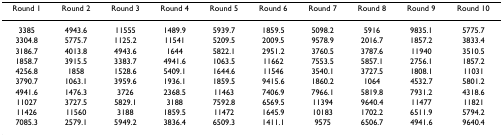
| Round 1 | Round 2 | Round 3 | Round 4 | Round 5 | Round 6 | Round 7 | Round 8 | Round 9 | Round 10 |
 | --- | --- | --- | --- | --- | --- | --- | --- | --- | --- |
 | 3385 | 4943.6 | 11555 | 1489.9 | 5939.7 | 1859.5 | 5098.2 | 5916 | 9835.1 | 5775.7 |
 | 3304.8 | 5775.7 | 1125.2 | 11541 | 5209.5 | 2009.5 | 9578.9 | 2016.7 | 1857.2 | 3833.4 |
 | 3186.7 | 4013.8 | 4943.6 | 1644 | 5822.1 | 2951.2 | 3760.5 | 3787.6 | 11940 | 3510.5 |
 | 1858.7 | 3915.5 | 3383.7 | 4941.6 | 1063.5 | 11662 | 7553.5 | 5857.1 | 2756.1 | 1857.2 |
 | 4256.8 | 1858 | 1528.6 | 5409.1 | 1644.6 | 11546 | 3540.1 | 3727.5 | 1808.1 | 11031 |
 | 3790.7 | 1063.1 | 3959.6 | 1936.1 | 1859.5 | 9415.6 | 1860.2 | 1064 | 4532.7 | 5801.2 |
 | 4941.6 | 1476.3 | 3726 | 2368.5 | 11463 | 7406.9 | 7966.1 | 5819.8 | 7931.2 | 4318.6 |
 | 11027 | 3727.5 | 5829.1 | 3188 | 7592.8 | 6569.5 | 11394 | 9640.4 | 11477 | 11821 |
 | 11426 | 11560 | 3188 | 1859.5 | 11472 | 1645.9 | 10183 | 1702.2 | 6511.9 | 5794.2 |
 | 7085.3 | 2579.1 | 5949.2 | 3836.4 | 6509.3 | 1411.1 | 9575 | 6506.7 | 4941.6 | 9640.4 |